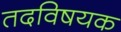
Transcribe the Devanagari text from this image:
तदविषयक